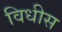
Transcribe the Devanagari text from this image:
विधीस